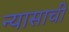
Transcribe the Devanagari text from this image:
न्यासाची